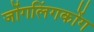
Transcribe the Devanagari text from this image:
जोंगलिंगकोंग